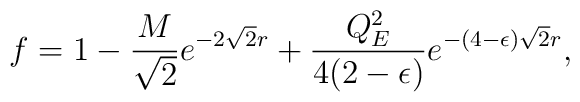
f = 1 -  {M \over \sqrt 2}e^{- 2 \sqrt 2 r} + {Q^2_E \over 4(2-\epsilon)}e^{- (4-\epsilon) \sqrt 2 r},